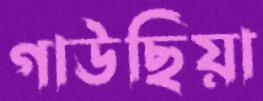
গাউছিয়া